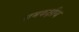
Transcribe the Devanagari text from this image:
समकक्षीय